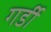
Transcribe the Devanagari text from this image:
गर्डी